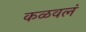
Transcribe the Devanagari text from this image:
कळवलं